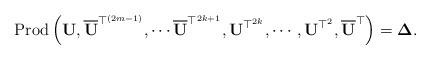
LaTeX: \begin{align*}\mbox{Prod}\left(\mathbf{U},\overline{\mathbf{U}}^{\top^{\left(2m-1\right)}},\cdots\overline{\mathbf{U}}^{\top^{2k+1}},\mathbf{U}^{\top^{2k}},\cdots,\mathbf{U}^{\top^{2}},\overline{\mathbf{U}}^{\top}\right)=\boldsymbol{\Delta}.\end{align*}